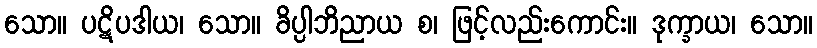
သော။ ပဋိပဒါယ၊ သော။ ခိပ္ပါဘိညာယ စ၊ ဖြင့်လည်းကောင်း။ ဒုက္ခာယ၊ သော။